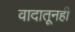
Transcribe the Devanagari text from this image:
वादातूनही